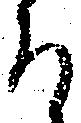
召